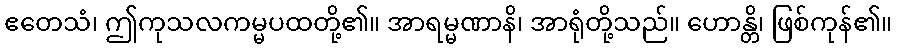
ဧတေသံ၊ ဤကုသလကမ္မပထတို့၏။ အာရမ္မဏာနိ၊ အာရုံတို့သည်။ ဟောန္တိ၊ ဖြစ်ကုန်၏။